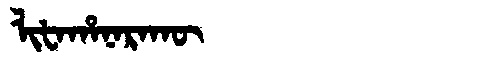
Manchu: ᠯᡳᡶᠠᡥᠠᠨᠠᡵᠠᡴᡡ
Romanization: LIFAHANARAKŪ